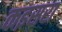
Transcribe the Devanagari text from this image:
कइसरा